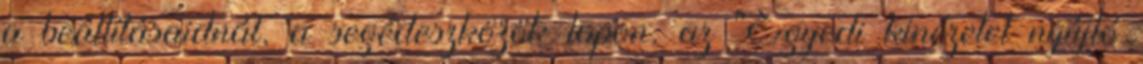
a beállításaidnál, a segédeszközök lapon, az "Egyedi kinézetet nyújtó